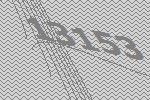
13153